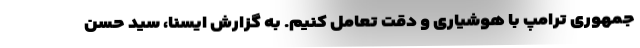
‌جمهوری ترامپ با هوشیاری و دقت تعامل کنیم. به گزارش ایسنا، سید حسن